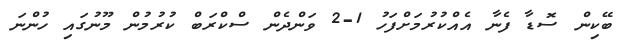
ބޭކިން ސޮޑާ ފެނާ އެއްކުރުމަށްފަހު 1-2 ވަންދެން ސްކްރަބް ކުރުމުން މޫނުގައި ހުންނަ